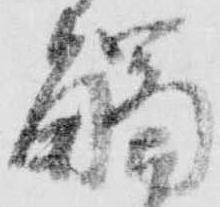
触